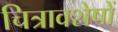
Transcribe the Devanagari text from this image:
चित्रावशेषों